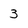
Character: 3